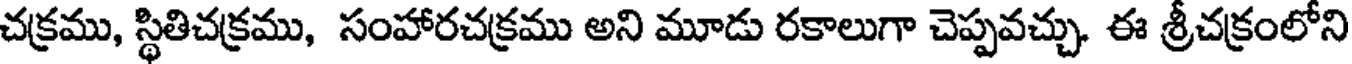
చక్రము, స్థితిచక్రము, సంహారచక్రము అని మూడు రకాలుగా చెప్పవచ్చు. ఈ శ్రీచక్రంలోని